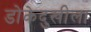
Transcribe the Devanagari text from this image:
डोकेदुखीला